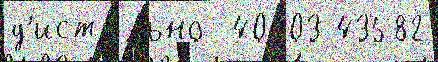
д'иста́льно  40403 43582